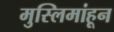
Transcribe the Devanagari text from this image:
मुस्लिमांहून